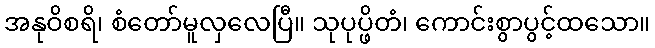
အနုဝိစရိ၊ စံတော်မူလှလေပြီ။ သုပုပ္ဖိတံ၊ ကောင်းစွာပွင့်ထသော။